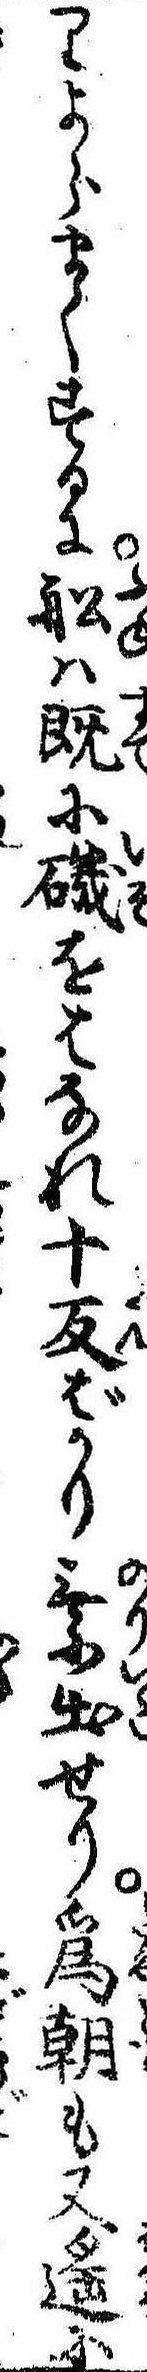
りよらまくするに船は既に磯をはなれ十反ばかり乗出せり為朝も又遥に